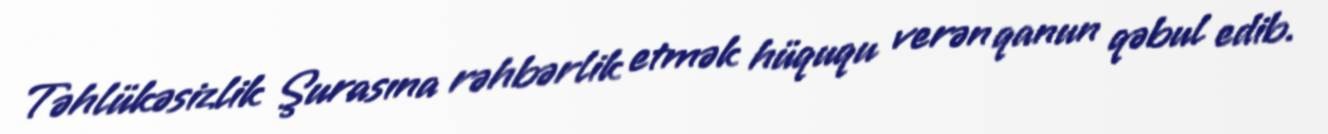
Təhlükəsizlik Şurasına rəhbərlik etmək hüququ verən qanun qəbul edib.